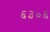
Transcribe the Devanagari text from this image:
६३०६